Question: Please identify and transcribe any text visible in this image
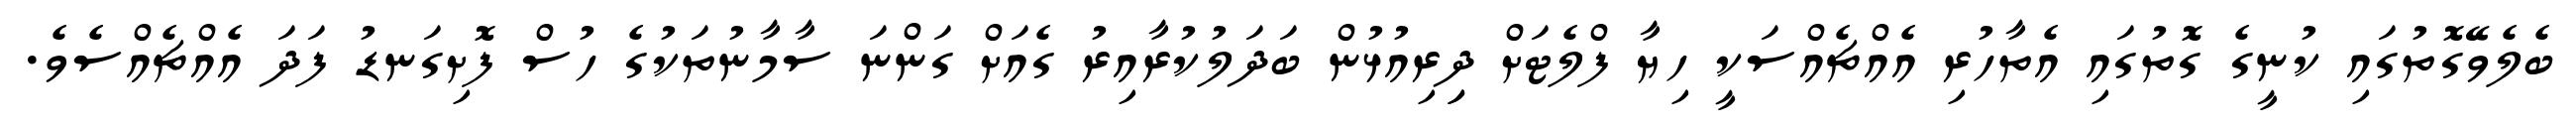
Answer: ބެލެވޭގޮތުގައި ކުނީގެ ގޮތުގައި އެތާހުރި އެއްޗެއްސަކީ ހިޔާ ފްލެޓަށް ދިިރިއުޅުން ބަދަލުކުރާއިރު ގެއަށް ގަންނަ ސާމާނުތަކުގެ ހުސް ފޮށިގަނޑު ފަދަ އެއްޗެއްސެވެ.